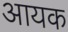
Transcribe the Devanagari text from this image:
आयक